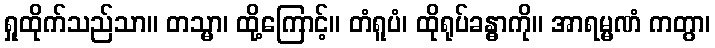
ရှုထိုက်သည်သာ။ တသ္မာ၊ ထို့ကြောင့်။ တံရူပံ၊ ထိုရုပ်ခန္ဓာကို။ အာရမ္မဏံ ကတွာ၊